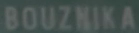
BOUZNIKA